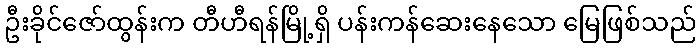
ဦးခိုင်ဇော်ထွန်းက တီဟီရန်မြို့ရှိ ပန်းကန်ဆေးနေသော မြေဖြစ်သည်